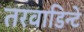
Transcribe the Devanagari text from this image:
तरवाडिन्टे